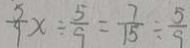
\frac { 5 } { 9 } x \div \frac { 5 } { 9 } = \frac { 7 } { 1 5 } \div \frac { 5 } { 9 }